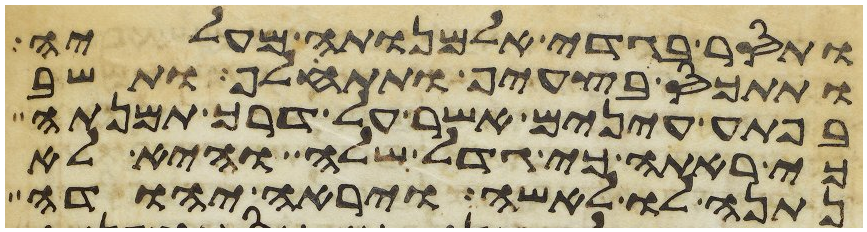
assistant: ותסר בגדי אלמנותה מעליה
ותתכס בצעיף ותתעלף ותשב
בפתע עינים אשר על דרך תמנתה
כי ראתה כי גדל שלה והיא לא
נתנה לו לאשה ויראה יהודה